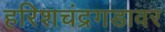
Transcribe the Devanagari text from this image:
हरिशचंद्रगडावर